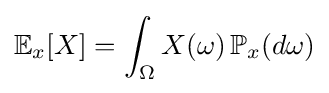
\mathbb {E} _{x}[X]=\int _{\Omega }X(\omega )\,\mathbb {P} _{x}(d\omega )